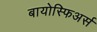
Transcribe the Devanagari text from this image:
बायोस्फिअर्स